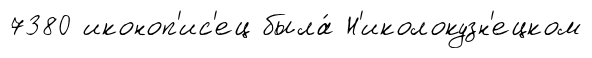
7380 иконоп'ис'ец была́ Н'иколокузн'ецком